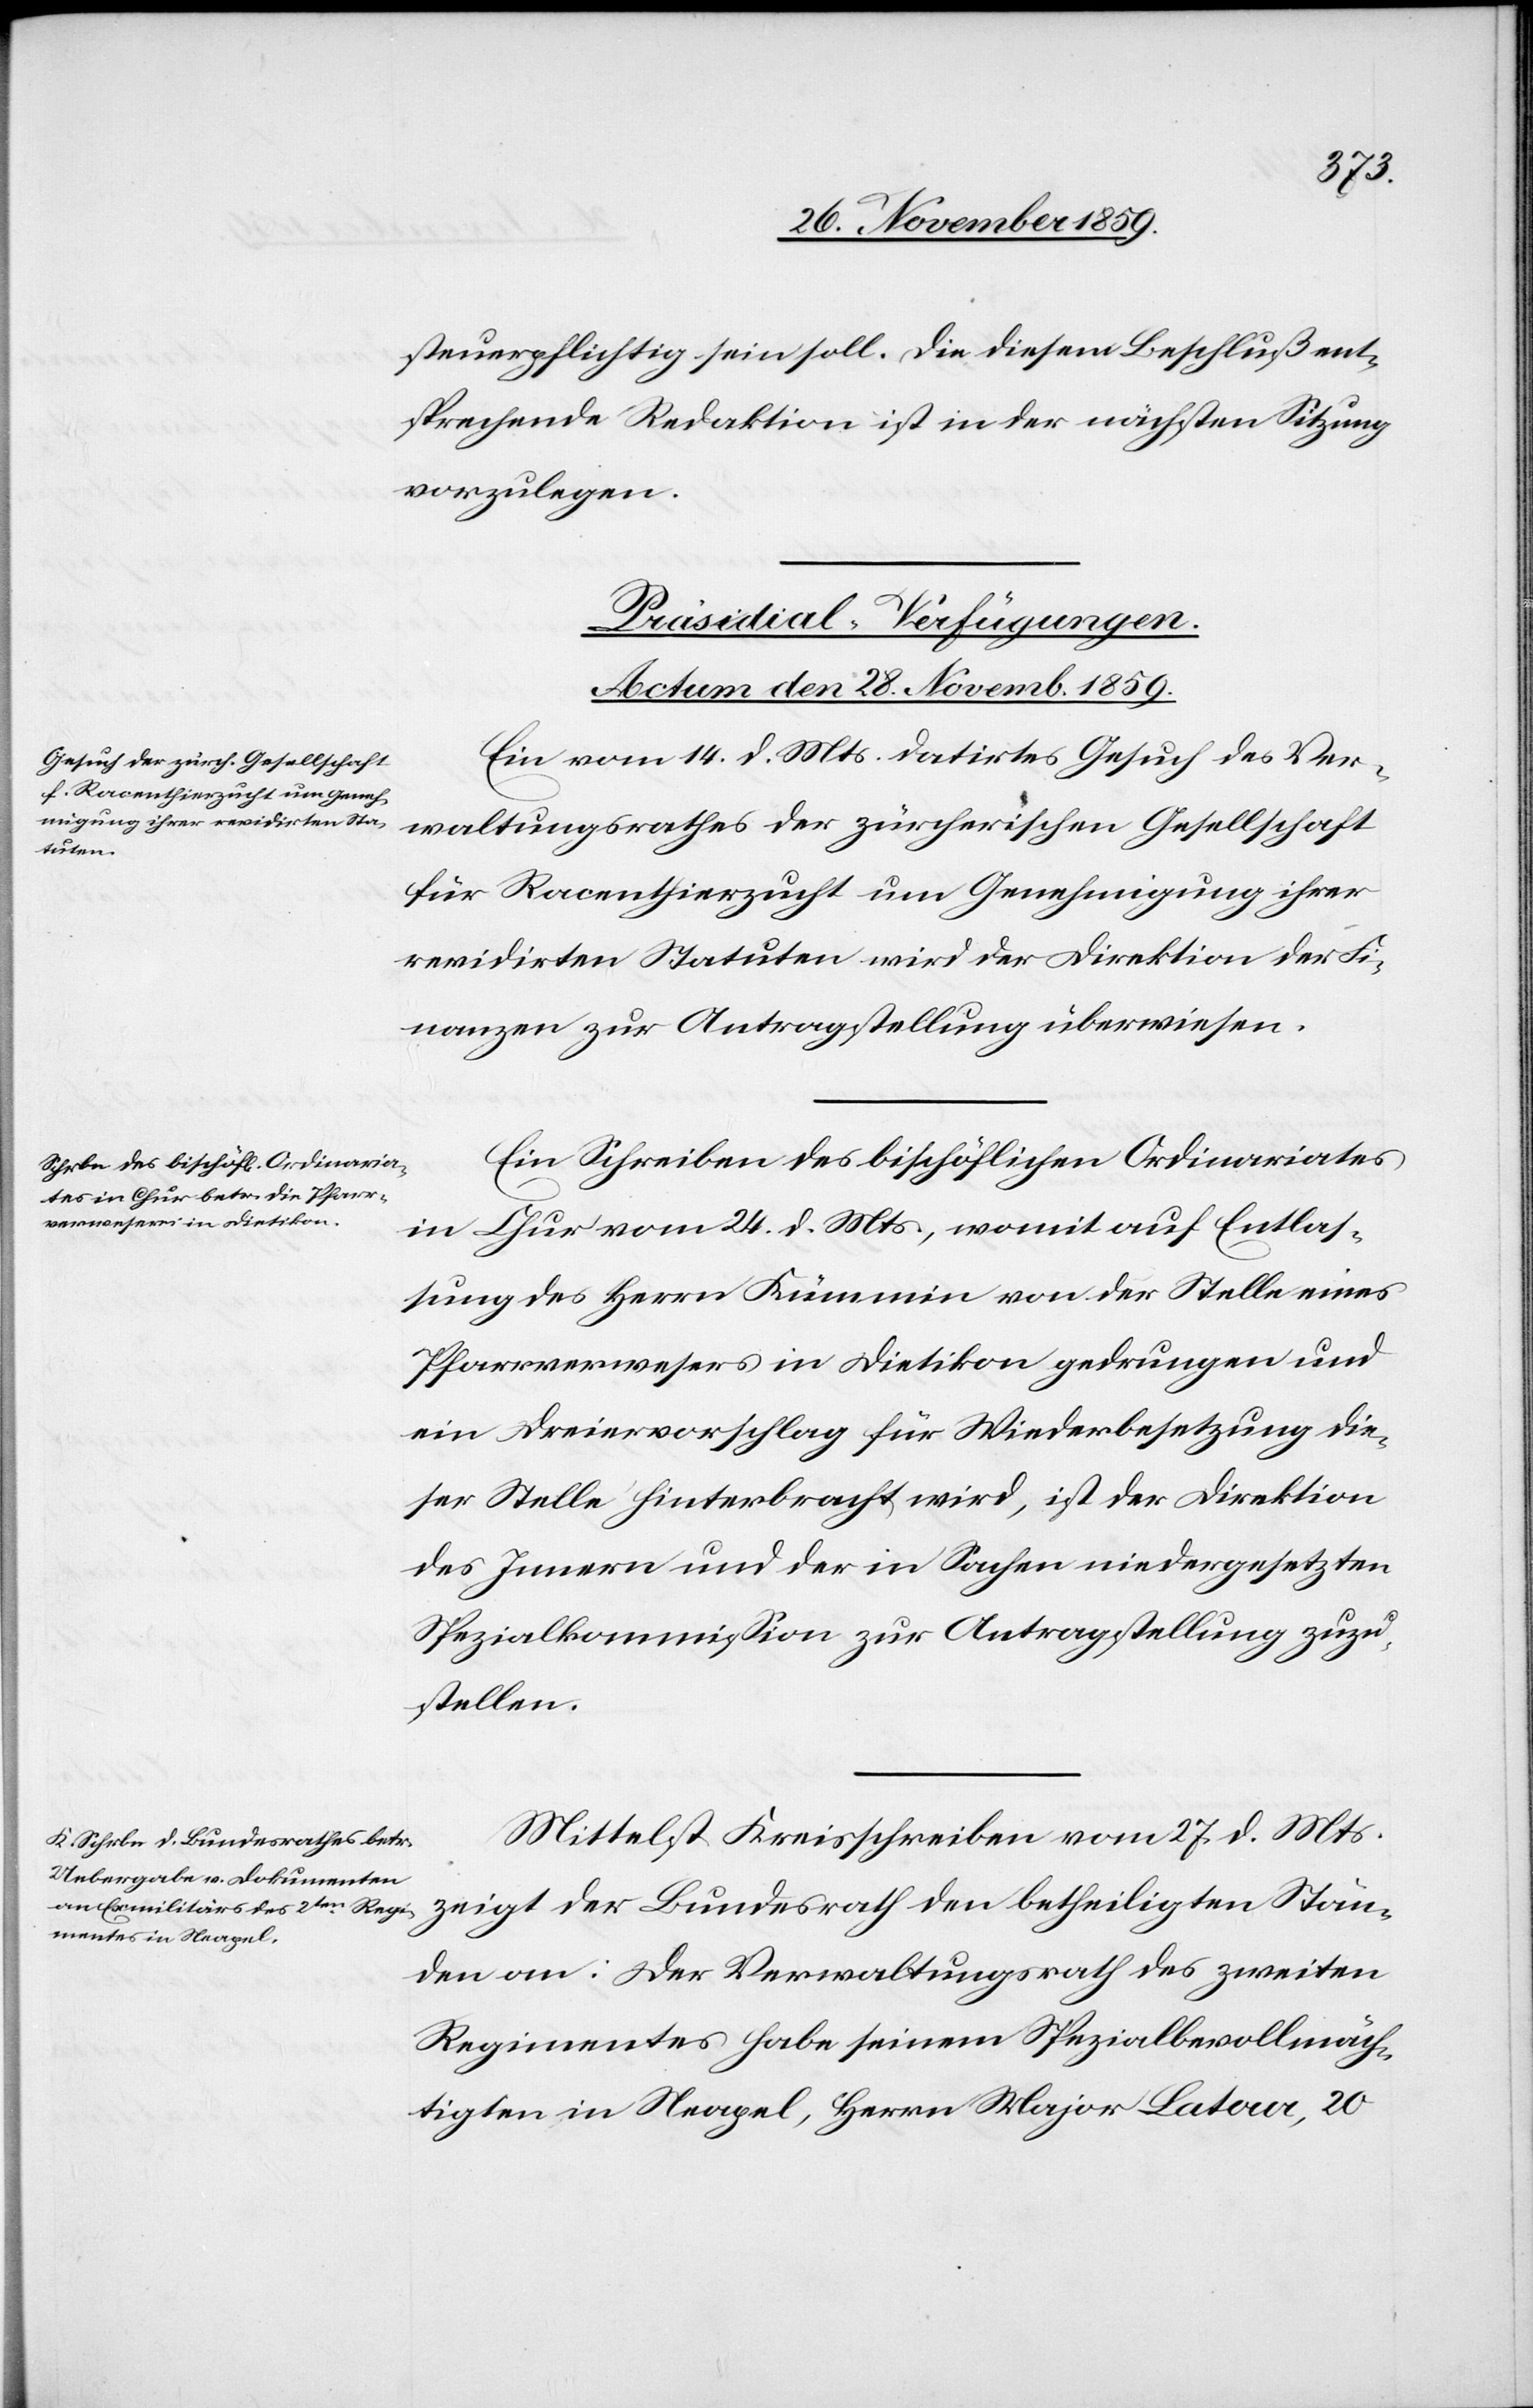
Steuerpflichtig sein soll. Die diesem Beschluß ent¬
sprechende Reduktion ist in der nächsten Sitzung
vorzulegen.
[Präsidial-Verfügungen
Actum den 28. Novemb. 1859.]
Ein vom 14. d. Mts. datirtes Gesuch des Ver¬
waltungsrathes der zürcherischen Gesellschaft
für Racenthierzucht um Genehmigung ihrer
revidirten Statuten wird der Direktion der Fi¬
nanzen zur Antragstellung überwiesen.
Ein Schreiben des bischöflichen Ordinariates
in Chur vom 24. d. Mts., womit auf Entlas¬
sung des Herrn Kümmin von der Stelle eines
Pfarrverwesers in Dietikon gedrungen und
ein Dreiervorschlag für Wiederbesetzung die¬
ser Stelle hinterbracht wird, ist der Direktion
des Innern und der in Sachen niedergesetzten
Spezialkommission zur Antragstellung zuzu¬
stellen.
Mittelst Kreisschreiben vom 27. d. Mts.
zeigt der Bundesrath den betheiligten Stän¬
den an: Der Verwaltungsrath des zweiten
Regimentes habe seinem Spezialbevollmäch¬
tigten in Neapel, Herrn Major Lataa, 20